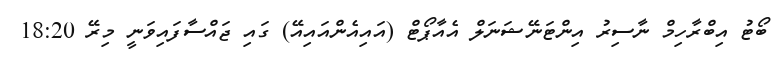
ބޯޓު އިބްރާހިމް ނާސިރު އިންޓަނޭޝަނަލް އެއާޕޯޓް (އައިއެންއައިއޭ) ގައި ޖައްސާފައިވަނީ މިރޭ 18:20